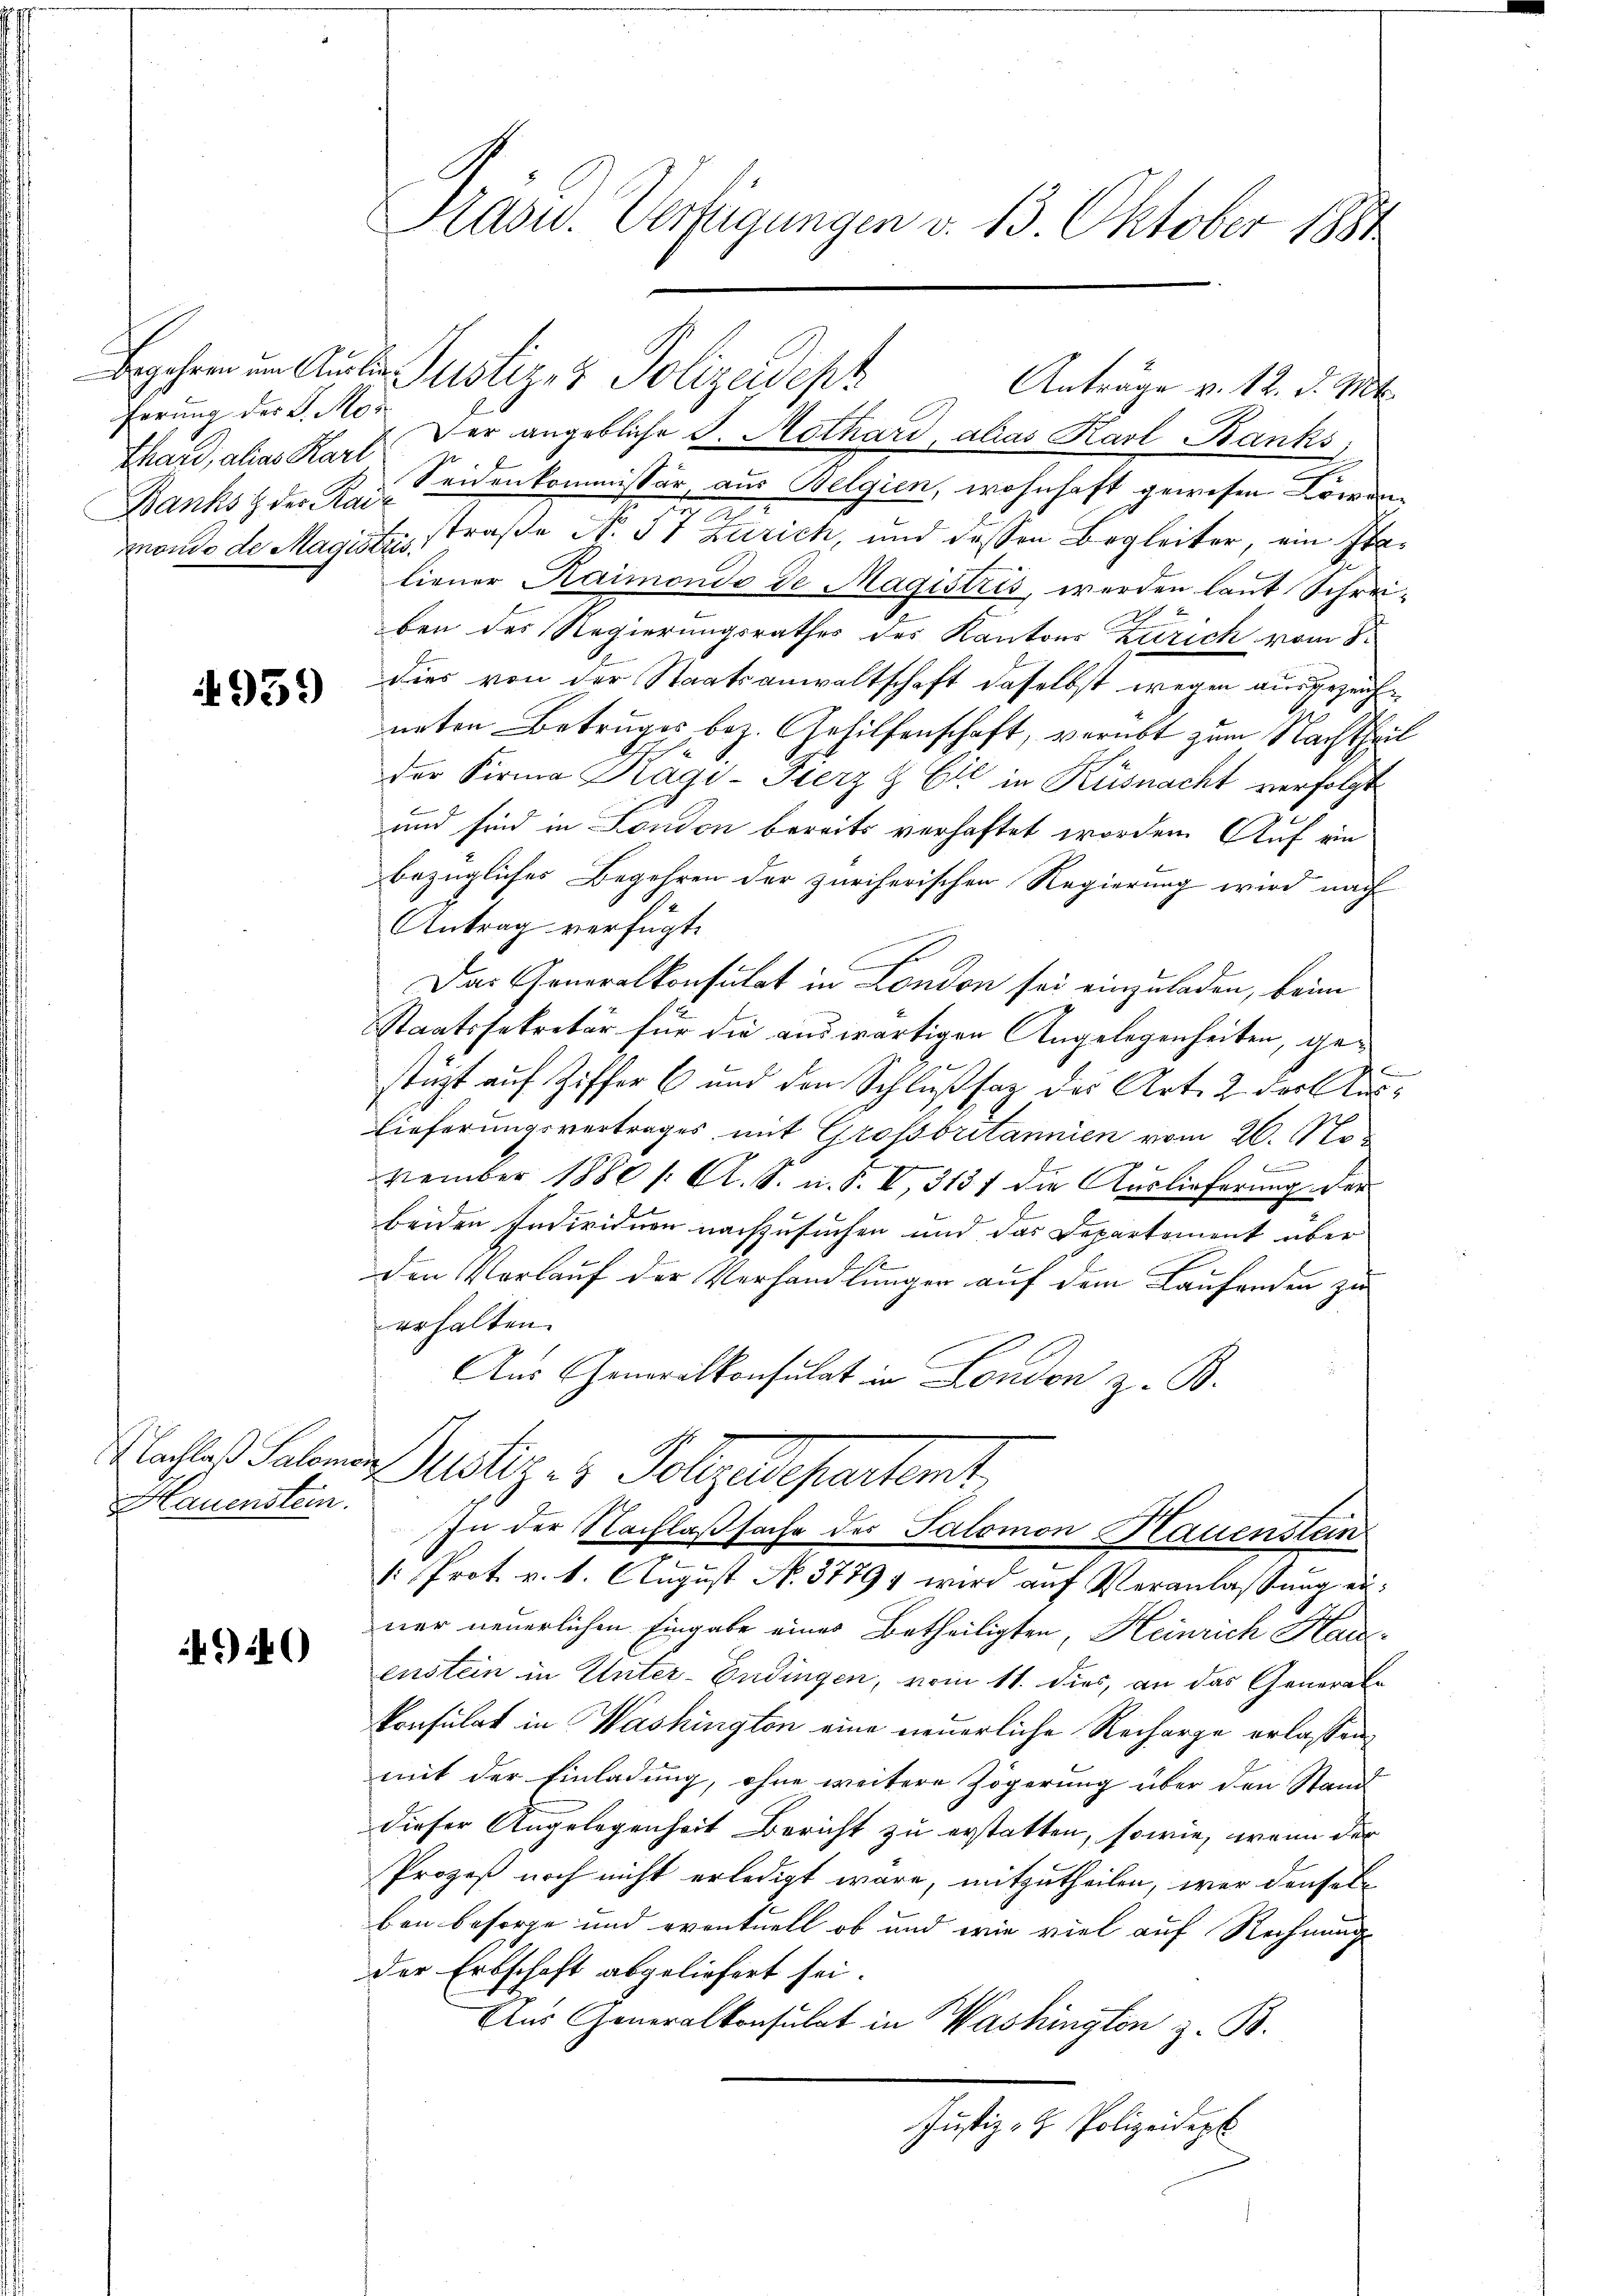
Thard, alias Karl

4939

Nachlaß Salomo
Hauenstein.

4.40

Präsid. Verfügungen v. 13. Oktober 184

ferung des J. M. Der angebliche J. Mothard, alias Karl Banks,
.
Banks der Kai- Seidenkommissär, aus Belgien, wohnhaft gewesen Löwene
monde de Magistesstraße N. 57 Zürich, und dessen Begleiter, ein Italiener Kaimondo de Magistris, werden laut Schreiben des Regierungsrathes des Kantons Zürich vom St
dies von der Staatsanwaltschaft daselbst wegen ausgezeichneten Betruges, bez. Gehilfenschaft, verübt zum Nachtheil
der Firma Kägi-Fierz & Cie in Küsnacht verfolgt
und sind in London bereits verhaftet worden. Auf ein
bezügliches Begehren der zürcherischen Regierung wird nach
Antrag verfügt:
Das Generalkonsulat in London sei einzuladen, beim
Staatssekretär für die auswärtigen Angelegenheiten, gestüzt auf Ziffer 6 und den Schlußsaz des Art. 2 der Aus¬
Lieferungsvertrages mit Grossbritannien vom 26. No

vember 1880 /: A. S. n. F. VI, 313 f die Auslieferung der
beiden Individuen nachzusuchen und das Departement über
No. 1
den Vorlauf der Verhandlungen auf dem Laufenden zu
erhalten.
Aus Generalkonsulat in London z. B.
ustiz- & Polizeidepartamt.
In der Nachlaßsache des Salomon Hauenstein
1: Prot. v. 1. August No. 37894 wird auf Veranlassung einer neuerlichen Eingabe eines Betheiligten, Heinrich Kau-
enstein in Unter-Endingen, vom 11. dies, an das Generale
konsulat in Washington eine neuerliche Recharge erlassen,
mit der Einladung, ohne weitere Zögerung über den Stand
dieser Angelegenheit Bericht zu erstatten, sowie, wenn der
Prozeß noch nicht erledigt wäre, mitzutheilen, war denselben besorge und eventuell ob und wie viel auf Rechnung
der Erbschaft abgeliefert sei.
Aus Generalkonsulat in Washington z. B.
Justiz- & Polizeidep

Egehren um Ausein Justiz- & Polizeidept Anträge v. 12. d. Mt